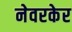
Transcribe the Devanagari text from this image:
नेवरकेर